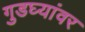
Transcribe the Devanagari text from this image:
गुडघ्यांवर